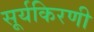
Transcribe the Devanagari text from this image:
सूर्यकिरणी